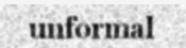
unformal